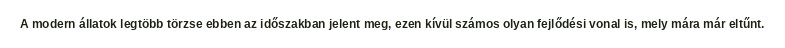
A modern állatok legtöbb törzse ebben az időszakban jelent meg, ezen kívül számos olyan fejlődési vonal is, mely mára már eltűnt.